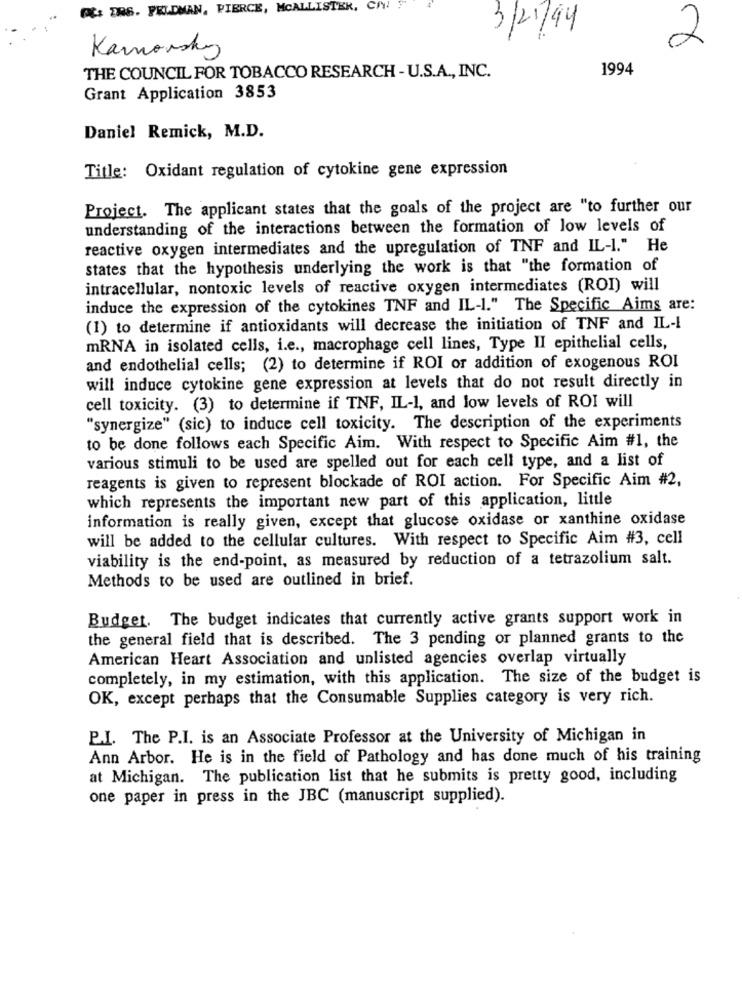
A: DAS. FELDMAN. PIERCE, MCALLISTER, CA. 7
3/21/94
2
Kamorsky
1994
THE COUNCIL FOR TOBACCO RESEARCH - U.S.A ., INC.
Grant Application 3853
Daniel Remick, M.D.
Title: Oxidant regulation of cytokine gene expression
Project. The applicant states that the goals of the project are "to further our
understanding of the interactions between the formation of low levels of
reactive oxygen intermediates and the upregulation of TNF and IL-1." He
states that the hypothesis underlying the work is that "the formation of
intracellular, nontoxic levels of reactive oxygen intermediates (ROI) will
induce the expression of the cytokines TNF and IL-1." The Specific Aims are:
(1) to determine if antioxidants will decrease the initiation of TNF and IL -!
mRNA in isolated cells, i.e ., macrophage cell lines, Type II epithelial cells,
and endothelial cells; (2) to determine if ROI or addition of exogenous ROI
will induce cytokine gene expression at levels that do not result directly in
cell toxicity. (3) to determine if TNF, IL-1, and low levels of ROI will
"synergize" (sic) to induce cell toxicity. The description of the experiments
to be done follows each Specific Aim. With respect to Specific Aim #1, the
various stimuli to be used are spelled out for each cell type, and a list of
reagents is given to represent blockade of ROI action. For Specific Aim #2,
which represents the important new part of this application, little
information is really given, except that glucose oxidase or xanthine oxidase
will be added to the cellular cultures. With respect to Specific Aim #3, cell
viability is the end-point, as measured by reduction of a tetrazolium salt.
Methods to be used are outlined in brief.
Budget. The budget indicates that currently active grants support work in
the general field that is described. The 3 pending or planned grants to the
American Heart Association and unlisted agencies overlap virtually
completely, in my estimation, with this application. The size of the budget is
OK, except perhaps that the Consumable Supplies category is very rich.
P.I. The P.I. is an Associate Professor at the University of Michigan in
Ann Arbor. He is in the field of Pathology and has done much of his training
at Michigan. The publication list that he submits is pretty good, including
one paper in press in the JBC (manuscript supplied).